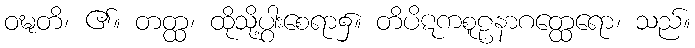
ဝဍ္ဎတိ၊ ၏။ တတ္ထ၊ ထိုသို့ပွါးစေရာ၌။ တိပိဋကစူဠနာဂတ္ထေရော၊ သည်။